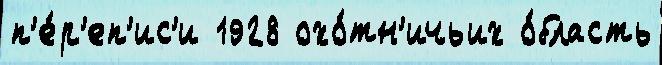
п'е́р'еп'ис'и 1928 охо́тн'ичьих о́бласть